Annual report of the Civil Veterinary Department, Bengal, and of the Bengal Veterinary College, for the year 1902-1903 - 1902-1903
Year: 1902
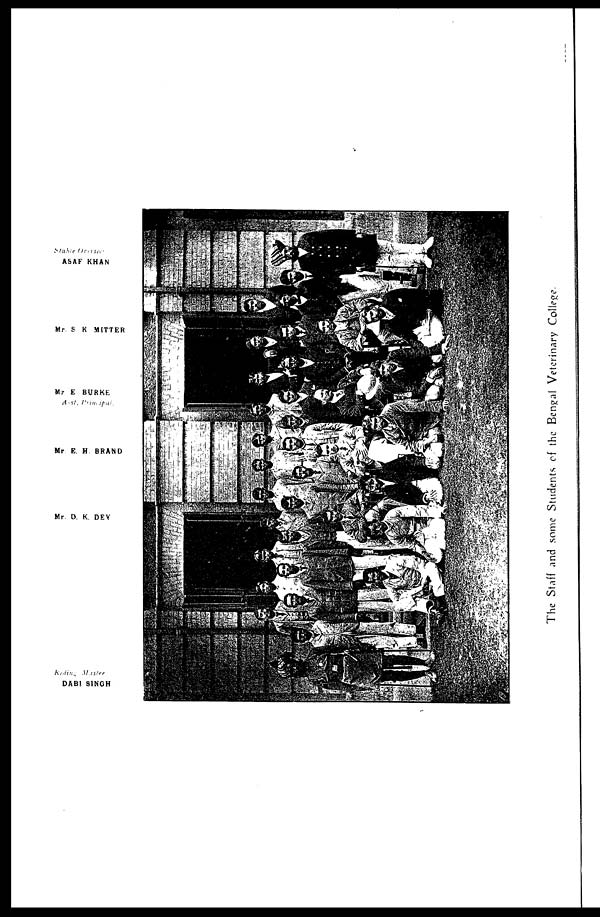
Stable
Overseer
ASAF KHAN
Mr. S. K. MITTER
Mr E. BURKE
Asst.
Principal.
Mr. E. H. BRAND
Mr. D. K. DEY
Reding Master
DABI SINGH
The Staff and some Students of the Bengal Veterinary College.